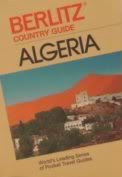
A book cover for Algeria Country Guide (Travel Guide); Martin Gostellow; Travel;